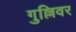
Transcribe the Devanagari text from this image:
गुल्लिवर